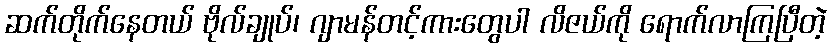
ဆက်တိုက်နေတယ် ဗိုလ်ချုပ်၊ ဂျာမန်တင့်ကားတွေပါ လိဇယ်ကို ရောက်လာကြပြီတဲ့